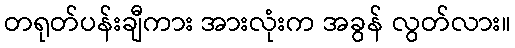
တရုတ်ပန်းချီကား အားလုံးက အခွန် လွတ်လား။